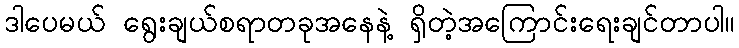
ဒါပေမယ် ရွေးချယ်စရာတခုအနေနဲ့ ရှိတဲ့အကြောင်းရေးချင်တာပါ။